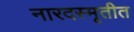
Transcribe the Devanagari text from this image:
नारदस्मृतीत